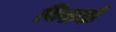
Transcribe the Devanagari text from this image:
विशदों